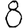
Digit: 8